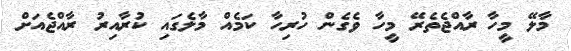
މާލޭ މީހާ ރާއްޖެތެރޭ މީހާ ވެގެން ހުރިހާ ކަމެއް މާލެގައި ކުރާއިރު ރާއްޖެއަށް